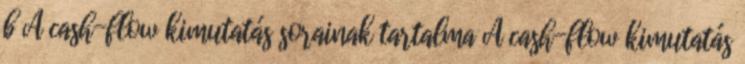
b A cash-flow kimutatás sorainak tartalma A cash-flow kimutatás